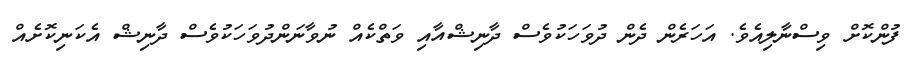
ފުންކޮށް ވިސްނާލިއެވެެ. އަހަރެން ދެން ދުވަހަކުވެސް ދާނިޝްއާއި ވަތްކެއް ނުވާނަންދުވަހަކުވެސް ދާނިޝް އެކަނިކޮށެއް